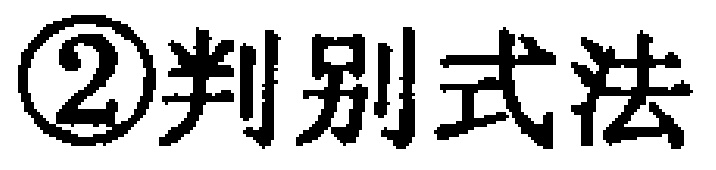
\textcircled{2}判别式法